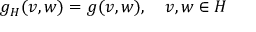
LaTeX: g _ { H } ( v , w ) = g ( v , w ) , \quad v , w \in H